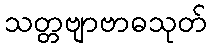
သတ္တဗျာဗာဓသုတ်